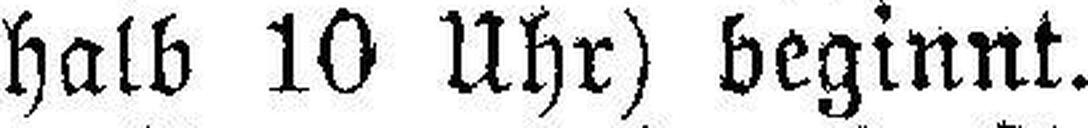
halb 10 Uhr) beginnt.